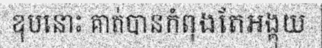
ឌុបនោះ គាត់បានកំពុងតែអង្គុយ